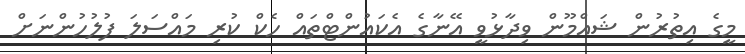
މީގެ އިތުރުން ޝައްމޫން ވިދާޅުވީ އޭނާގެ އެކައުންޓްތައް ހެކް ކުރި މައްސަލަ ފުލުހުންނަށް